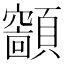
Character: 𩕤